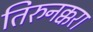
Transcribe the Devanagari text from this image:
तिरुनक्करा